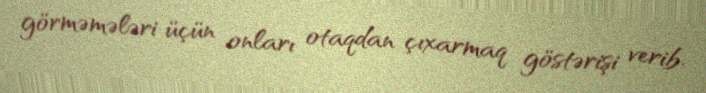
görməmələri üçün onları otaqdan çıxarmaq göstərişi verib.